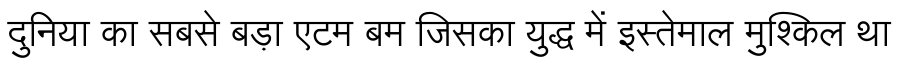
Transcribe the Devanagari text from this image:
दुनिया का सबसे बड़ा एटम बम जिसका युद्ध में इस्तेमाल मुश्किल था